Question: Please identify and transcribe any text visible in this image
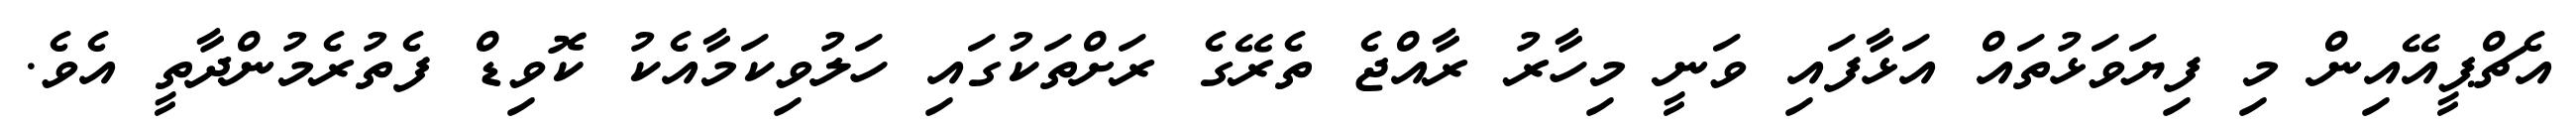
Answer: އެޗްޕީއޭއިން މި ފިޔަވަޅުތައް އަޅާފައި ވަނީ މިހާރު ރާއްޖެ ތެރޭގެ ރަށްތަކުގައި ހަލުވިކަމާއެކު ކޮވިޑް ފެތުރެމުންދާތީ އެވެ.